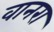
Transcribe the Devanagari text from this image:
वानरा